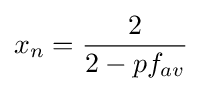
x_{n}={\frac {2}{2-pf_{av}}}